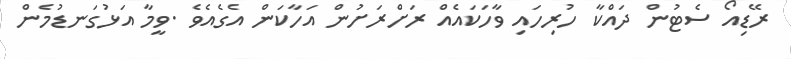
ރޭޑިއޯ ސެޓުން ދައްކާ ހުރިހައި ވާހަކައެއް ރަށްރަށުން އަހާކަން އެގެއެވެ .ވީމާ އަޅުގަނޑުމެން